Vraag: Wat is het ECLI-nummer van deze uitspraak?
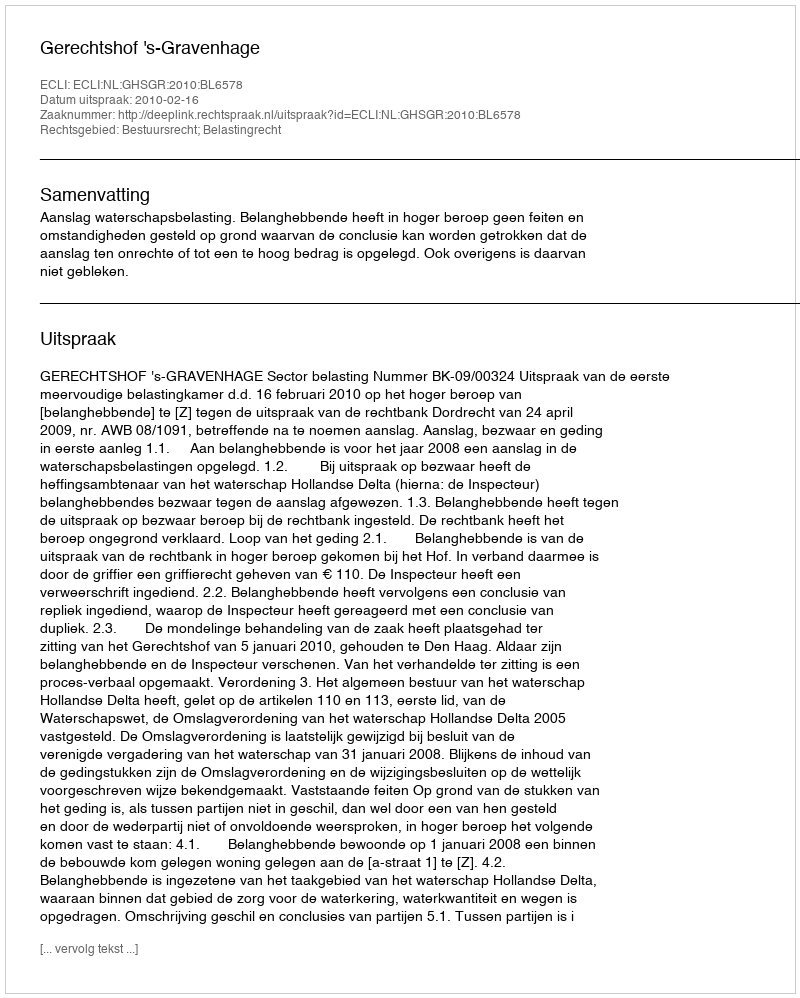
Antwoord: ECLI:NL:GHSGR:2010:BL6578